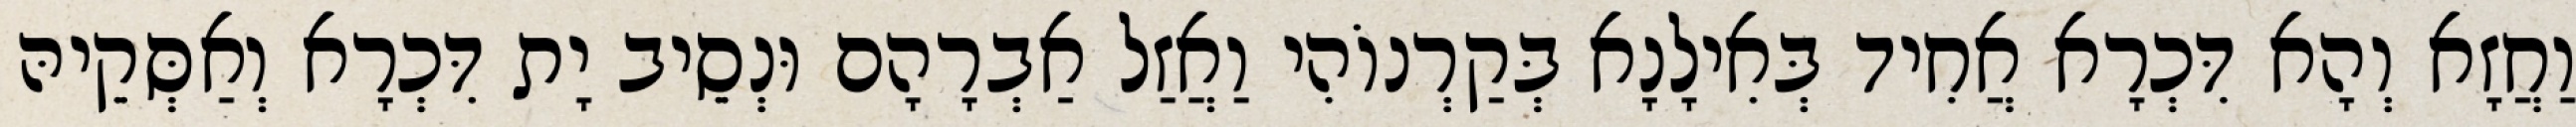
וַחֲזָא וְהָא דִּכְרָא אֲחִיד בְּאִילָנָא בְּקַרְנוֹהִי וַאֲזַל אַבְרָהָם וּנְסֵיב יָת דִּכְרָא וְאַסְּקֵיהּ